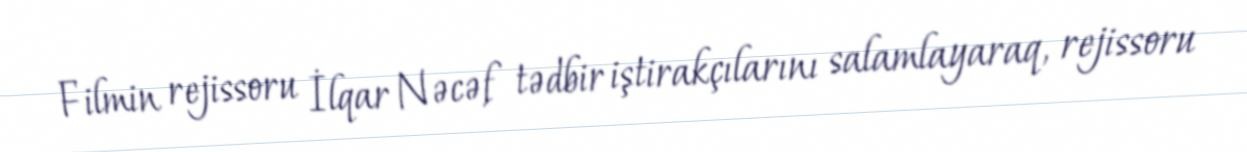
Filmin rejissoru İlqar Nəcəf tədbir iştirakçılarını salamlayaraq, rejissoru